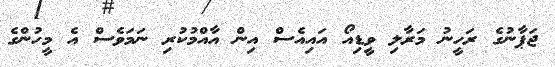
ޖަޕާނުގެ ރަހީނު މަރާލި ވީޑިއޯ އައިއެސް އިން އާއްމުކުރި ނަމަވެސް އެ މީހުންގެ